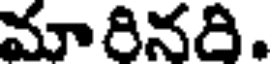
మారినరి.